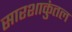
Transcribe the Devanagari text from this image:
सारशाकुंतल